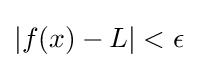
|f(x)-L|<\epsilon